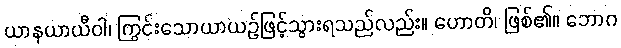
ယာနယာယီဝါ၊ ကြွင်းသောယာယဉ်ဖြင့်သွားရသည်လည်း။ ဟောတိ၊ ဖြစ်၏။ ဘောဂ